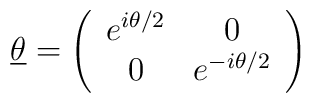
\underline{\theta} = \left(\begin{array}{cc}                         e^{i \theta /2} & 0 \\                         0 & e^{-i \theta /2}                        \end{array}\right)